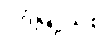
ဒဂုံမြို့သစ်